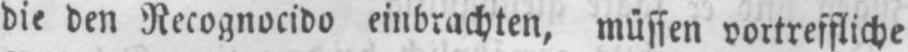
die den Recognocido einbrachten, müssen vortreffliche